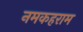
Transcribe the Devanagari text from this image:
नमकहराम